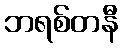
ဘရစ်တနီ